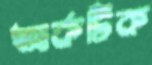
আর্কটিক